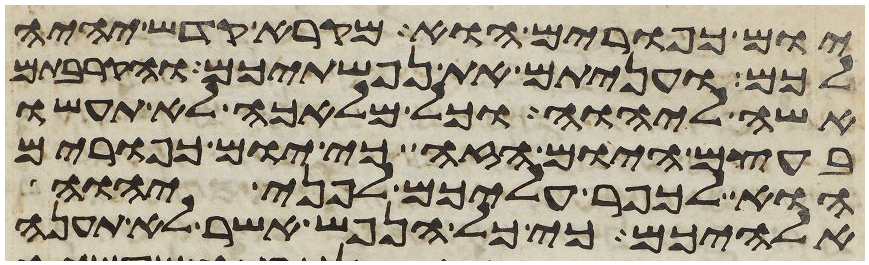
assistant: יום כפורים הוא מקרא קדש יהיה
לכם ועניתם את נפשתיכם והקרבתם
אשה ליהוה וכל מלאכה לא תעשו
בעצם היום הזה כי יום כפורים
הוא לכפר עליכם לפני יהוה
אלהיכם כי כל הנפש אשר לא תענה